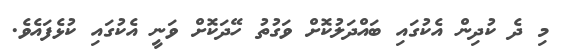
މި ދެ ކުދިން އެކުގައި ބައްދަލުކޮށް ވަގުތު ހޭދަކޮށް ވަނީ އެކުގައި ކުޅެފައެވެ.